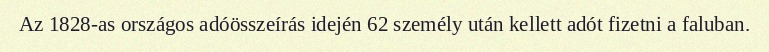
Az 1828-as országos adóösszeírás idején 62 személy után kellett adót fizetni a faluban.